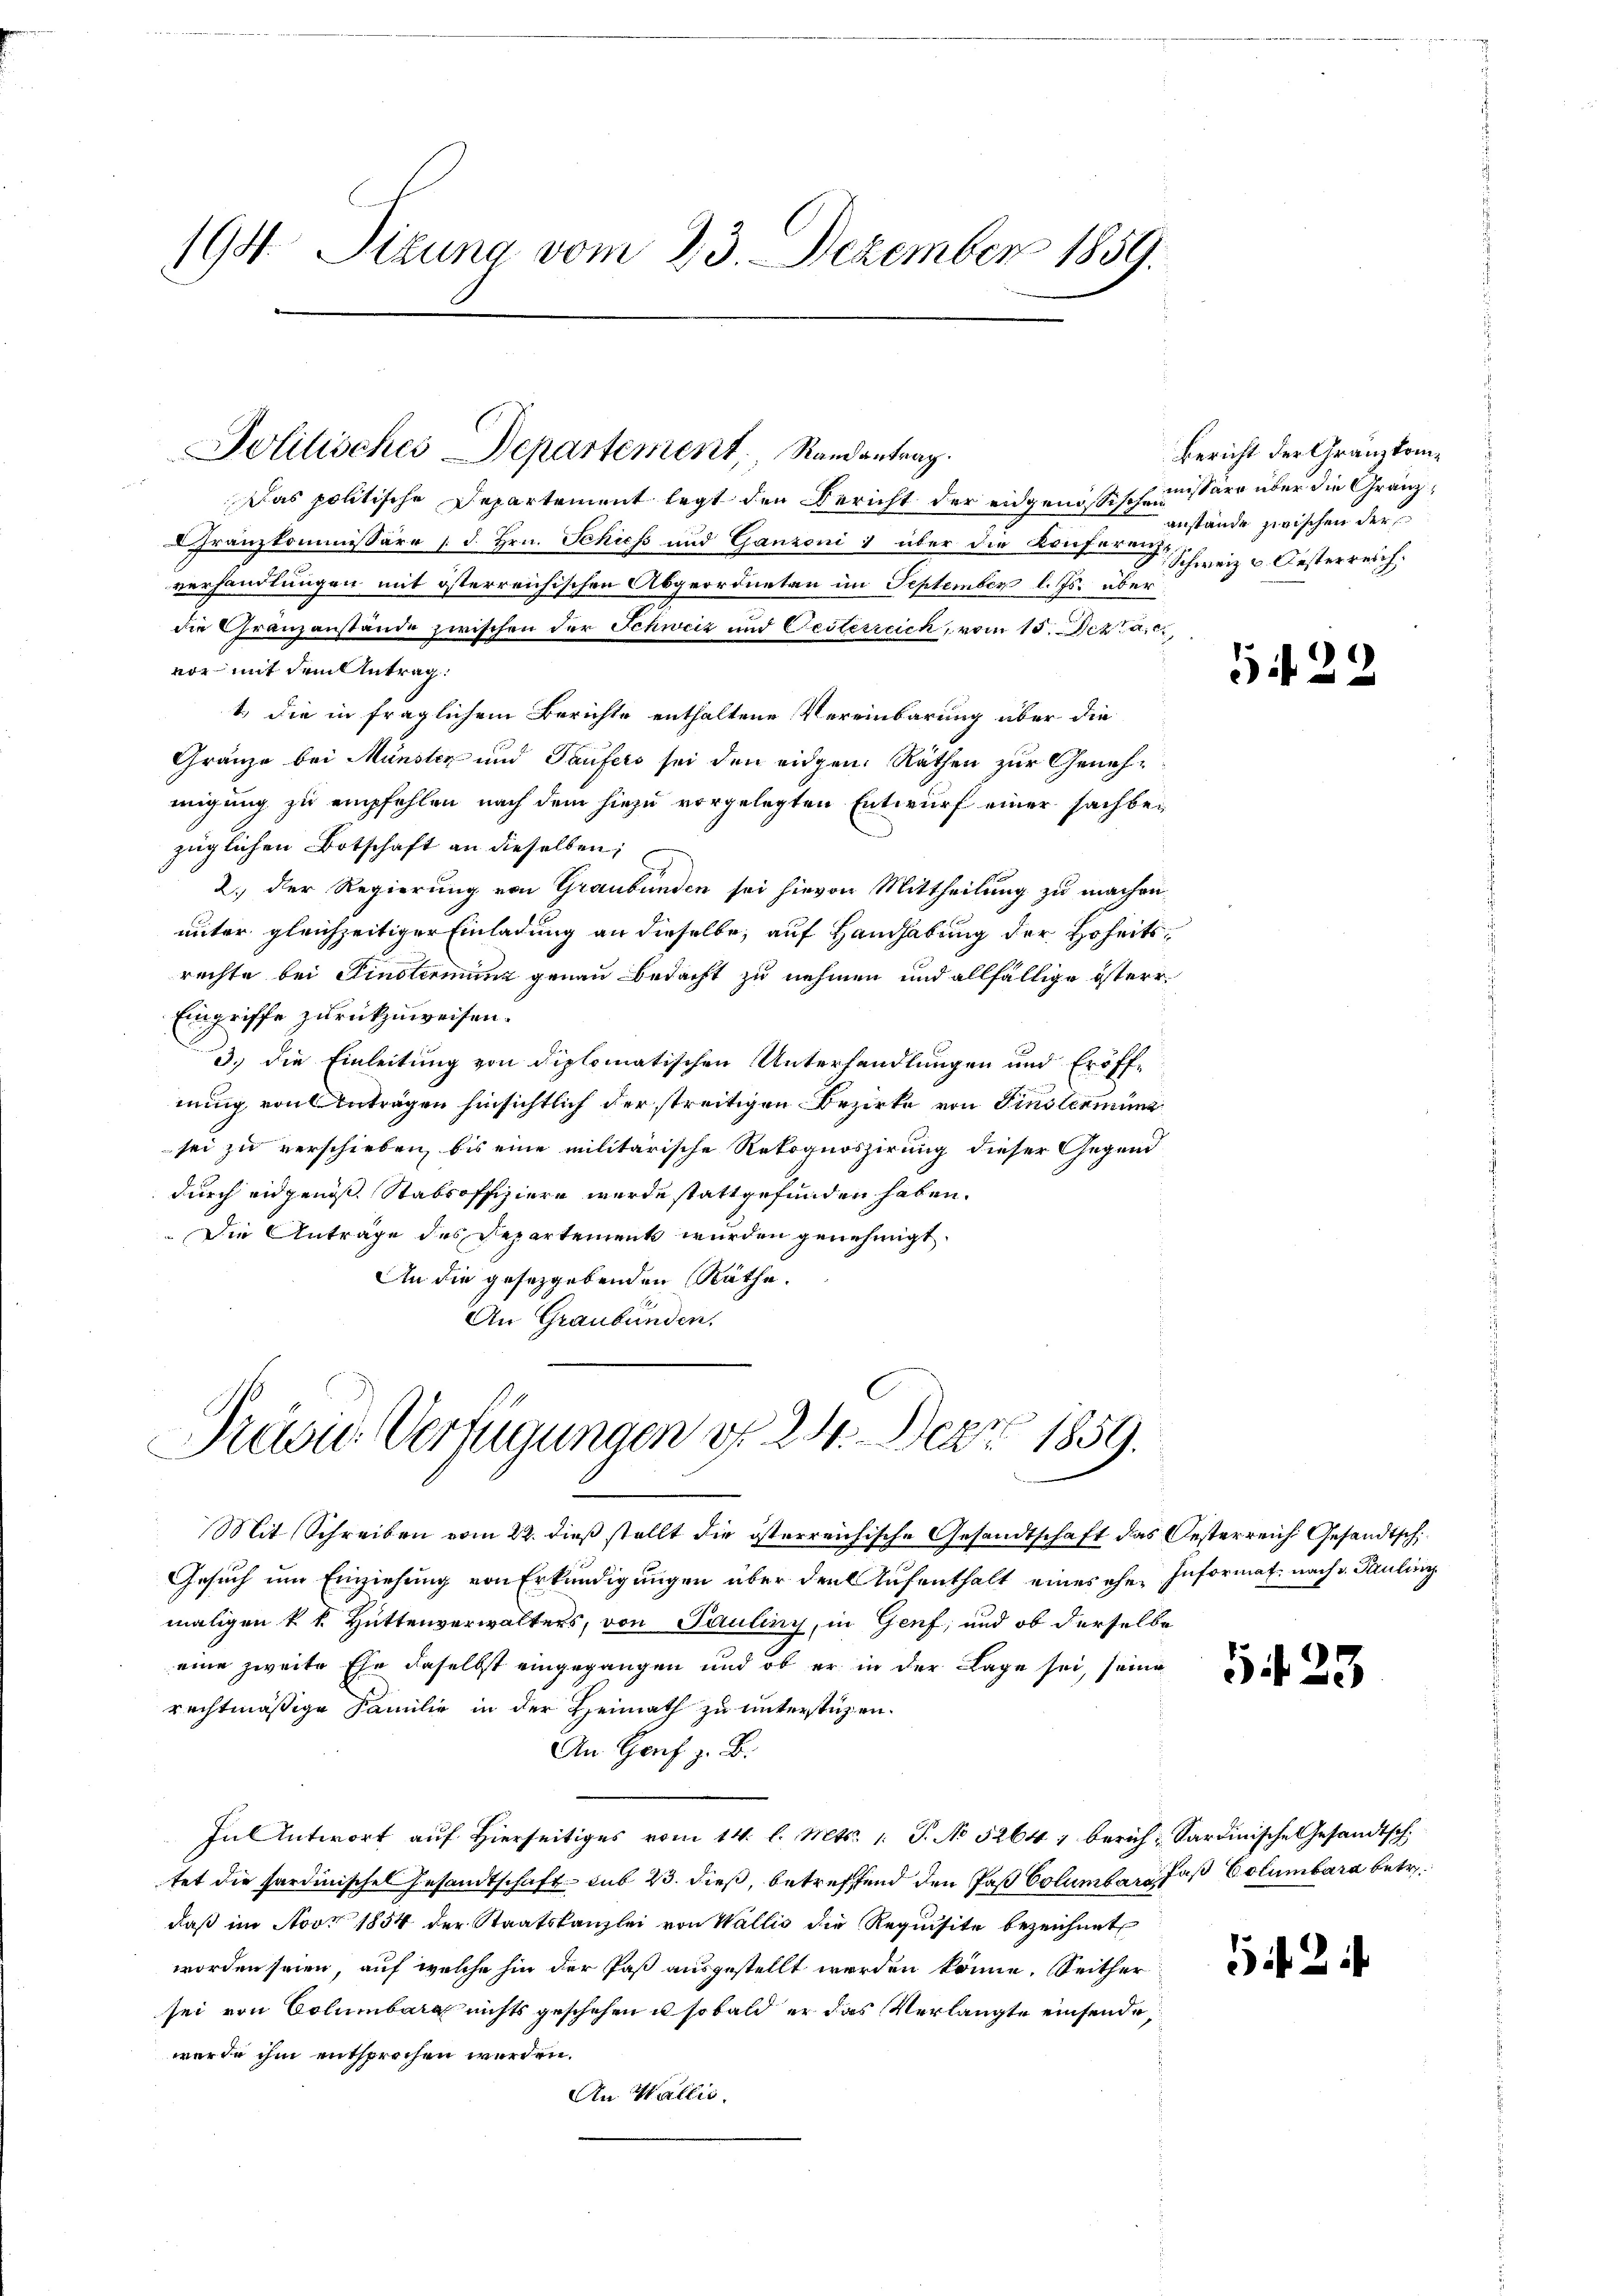
194. Situng vom 23. Dezember 1859.

Das politische Departement legt den Bericht der eidgenössischemissäre über die Gränz¬
Granzkommissäre (d. Hrn. Schiess und Ganzoni über die Konferen Schweiz & Oesterreich.
.
verhandlungen mit österreichischen Abgeordneten im September l. Js. über
die Granzanstände zwischen der Schweiz und Oesterreich, vom 15. Jezt a
vor mit dem Antrag
1.) Die in fraglichem Berichte enthaltene Vereinbarung über die
Gränze bei Münsten und Taufers sei den eidgen. Räthen zur Geneh-
migung zu empfehlen nach dem hiezu vorgelegten Entwurf einer sachbezüglichen Botschaft an dieselben,
2.) Der Regierung von Graubünden sei hievon Mittheilung zu machen
unter gleichzeitiger Einladung an dieselbe, auf Handhabung der Hoheitsrechte bei Sinotirung genau bedacht zu nehmen und allfällige österr
Eingriffe zurückzuweisen.
3.) die Einleitung von diplomatischen Unterhandlungen und Eröff-
nung von Anträgen hinsichtlich der streitigen Bezirke von Finslernung
sei zu verschieben, bis eine militärische Rekognoszirung dieser Gegend
durch eidgenöß, Stabsoffiziere werde stattgefunden haben.
Die Anträge des Departement wurden genehmigt.
An die gesetzgebenden Räthe.
An Graubünden.

Politisches Departement, Randantrag.

Prägu Verfügungen d. 24. Mai 1859.

Mit Schreiben vom 22. dieß stellt die österreichische Gesandtschaft das Oesterreich Gesandtsch
Gesuch um Einziehung von Erkundigungen über den Aufenthalt eines ehe Informat nach v. Pauling
maligen k. k. Hüttenverwalters, von Pauliny, in Genf, und ob derselbe
eine zweite Ehe daselbst eingegangen und ob er in der Lage sei, seine
rechtmäßige Familie in der Heimath zu unterstüzen.
An Genf z. B.
In Antwort aŭf hierseitiges vom 14. l. Mts. 1. P. No 5264) berich Sardinische Gesandtsch
tet die Pardinisches Gesandtschaft sub 23. dieß, betreffend den Paß Columbar das Columbara betr.
daß im Nov 1854 der Staatskanzlei von Wallis die Requisite bezeichnet
worden seien, auf welche hin der Paß ausgestellt werden könne. Seither
sei von Columbar nichts geschehen u sobald er das Verlangte einsende,
werde ihm entsprochen werden.
An Wallis.

Bericht der Gränz(...)¬
anstände zwischen der

5422

523

524